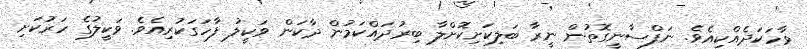
ވާހަކަދެއްކިއެވެ. ނަފްސާނީގޮތުން ނީރާ ބަލިކަށިކޮށްލާ ބިރުދައްކަމުން ދާކަން ވަކީލު ފާހަގަކުރިއެވެ. ވަކީލުގެ ހަރުކަށި